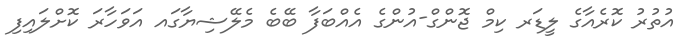
އުތުރު ކޮރެއާގެ ލީޑަރ ކިމް ޖޮންގް-އުންގެ އެއްބަފާ ބޭބެ މެލޭޝިޔާގައ އަވަހާރަ ކޮށްލައިފި